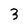
Character: 3